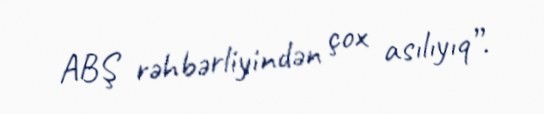
ABŞ rəhbərliyindən çox asılıyıq”.